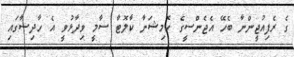
ގެ ރެފިއުޖީންނާ ބެހޭ އެޖެންސީގެ ކޮމިޝަނާ ކާލޮޓާ ސާމީ ވިދާޅުވީ އެ ހާދިސާގައި